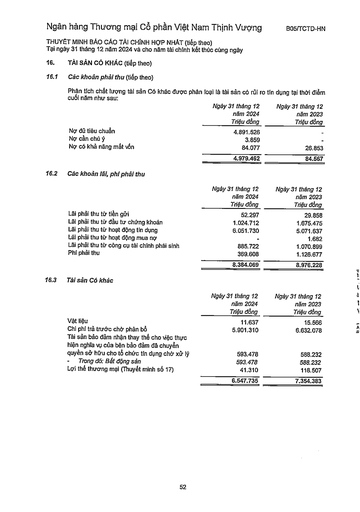
||Ngày 31 tháng 12 năm 2024 Triệu đồng|Ngày 31 tháng 12 năm 2023 Triệu đồng| |---|---|---| |Nợ đủ tiêu chuẩn|4.891.526|| |Nợ cần chú ý|3.859|| |Nợ có khả năng mất vốn|84.077|26.853| ||4.979.462|84.567| ||Ngày 31 tháng 12 năm 2024 Triệu đồng|Ngày 31 tháng 12 năm 2023 Triệu đồng| |---|---|---| |Lãi phải thu từ tiền gửi|52.297|29.858| |Lãi phải thu từ đầu tư chứng khoán|1.024.712|1.675.475| |Lãi phải thu từ hoạt động tín dụng|6.051.730|5.071.637| |Lãi phải thu từ hoạt động mua nợ||1.682| |Lãi phải thu từ công cụ tài chính phái sinh|885.722|1.070.899| |Phí phải thu|369.608|1.126.677| ||8.384.069|8.976.228| ||Ngày 31 tháng 12 năm 2024 Triệu đồng|Ngày 31 tháng 12 năm 2023 Triệu đồng| |---|---|---| |Vật liệu|11.637|15.566| |Chi phí trả trước chờ phân bổ|5.901.310|6.632.078| |Tài sản bảo đảm nhận thay thế cho việc thực hiện nghĩa vụ của bên bảo đảm đã chuyển quyền sở hữu cho tổ chức tín dụng chốt xử lý|593.478|588.232| |Trong đó: Bất động sản|593.478|588.232| |Lợi thế thương mại (Thuyết minh số 17)|41.310|118.507| ||6.547.735|7.354.383|